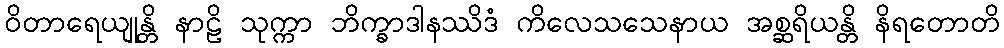
ဝိတာရေယျုန္တိ နာဠိ သုက္ကာ ဘိက္ခာဒါနဿိဒံ ကိလေသသေနာယ အစ္ဆရိယန္တိ နိရတောတိ